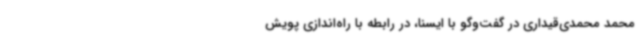
محمد محمدی‌قیداری در گفت‌وگو با ایسنا، در رابطه با راه‌اندازی پویش